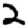
Digit: 2